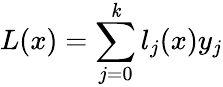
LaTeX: L(x)=\sum_{j=0}^{\mathit{k}}l_{j}(x)y_{j}